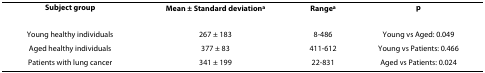
| Subject group | Mean ± Standard deviationa | Rangea | p |
 | --- | --- | --- | --- |
 | Young healthy individuals | 267 ± 183 | 8-486 | Young vs Aged: 0.049 |
 | Aged healthy individuals | 377 ± 83 | 411-612 | Young vs Patients: 0.466 |
 | Patients with lung cancer | 341 ± 199 | 22-831 | Aged vs Patients: 0.024 |